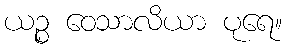
ယဉ္စ ဝေသာလိယာ ပုရေ။